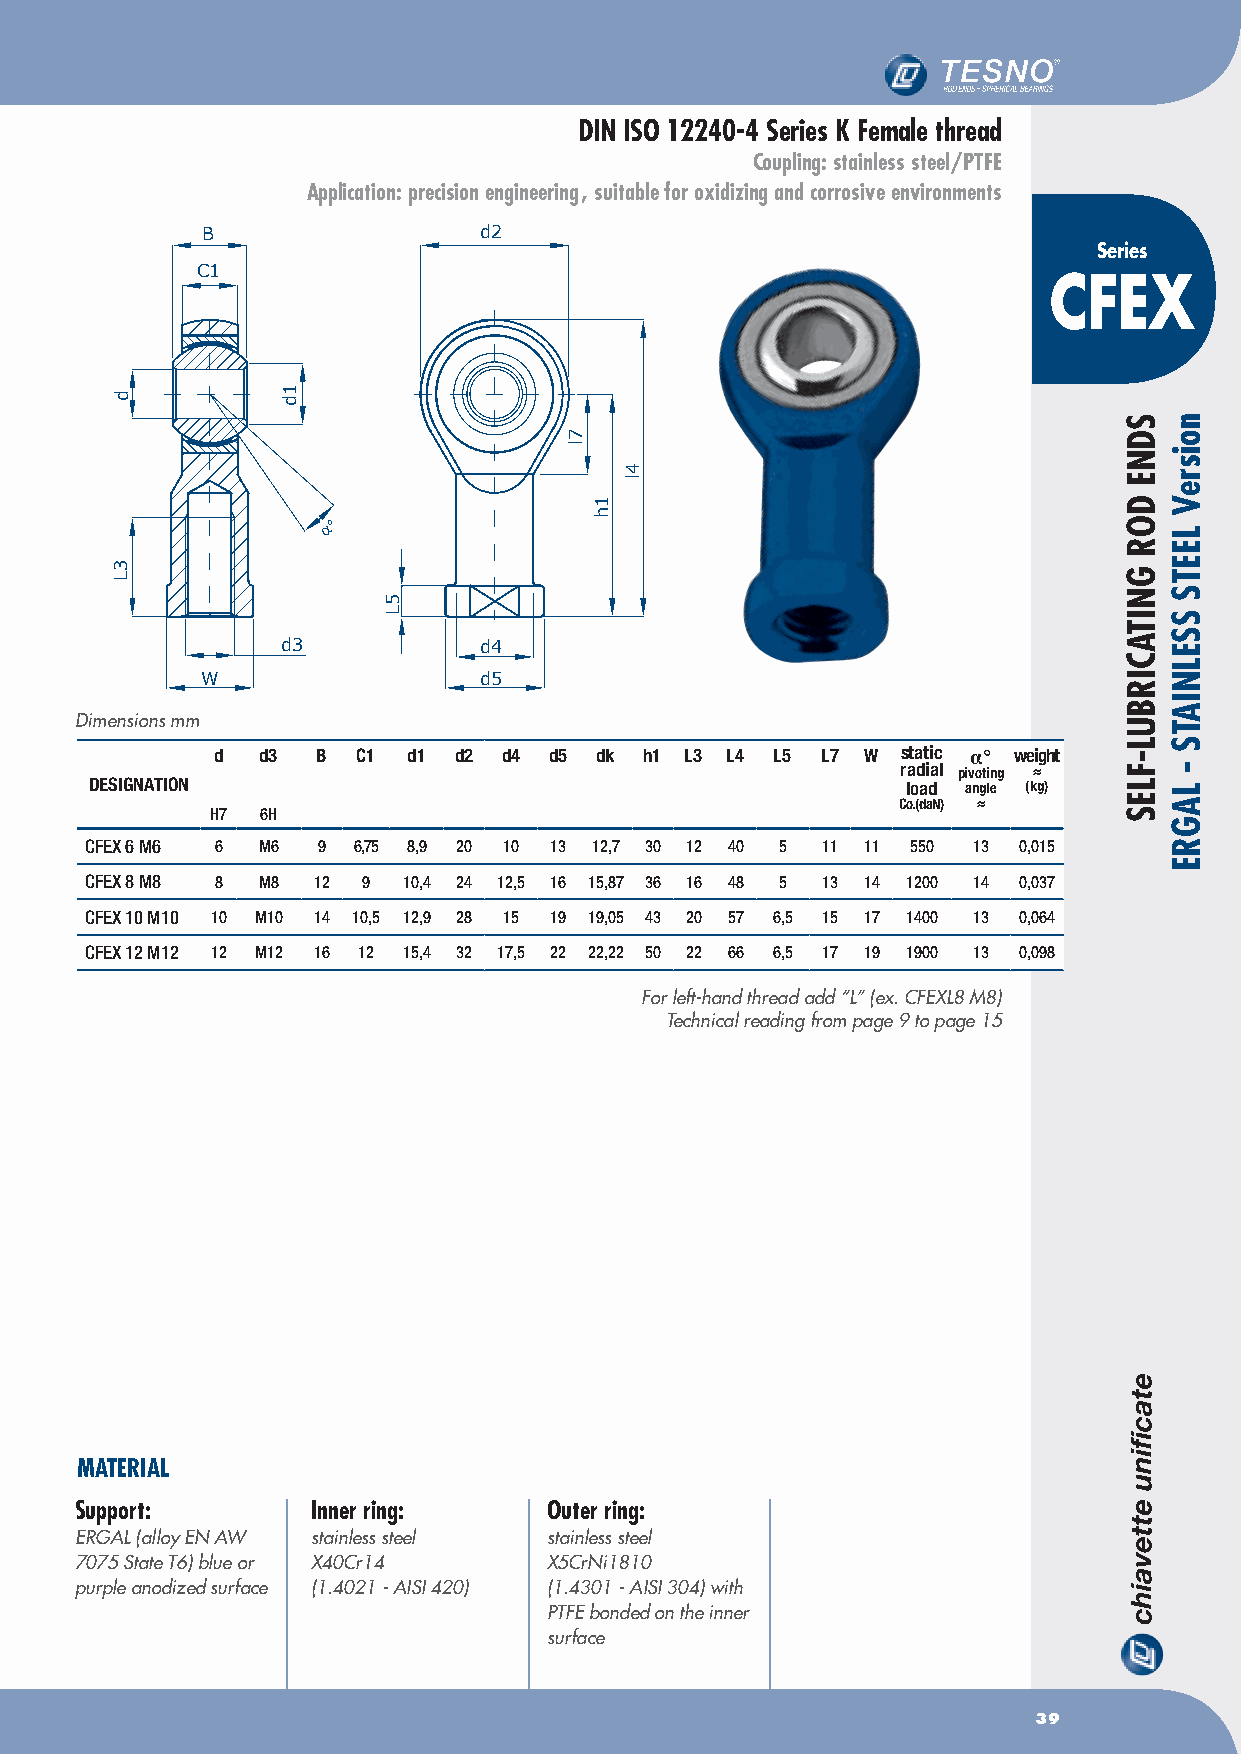
DIN ISO 12240-4 Series K Female thread
 Coupling: stainless steel/PTFE
 Application: precision engineering , suitable for oxidizing and corrosive environments
 B                  d2
 Series
 C1
 CFEX
 α°
 d3           d4
 W                  d5
 Dimensions mm
 d  d3  B  C1 d1 d2 d4 d5 dk  h1 L3 L4 L5 L7 W static α° weight
 radial pivoting ≈
 DESIGNATION                                           load angle (kg)
 Co.(daN) ≈
 H7 6H
 CFeX 6 M6 6 M6 9 6,75 8,9 20 10 13 12,7 30 12 40 5 11 11 550 13 0,015
 CFeX 8 M8 8 M8 12 9  10,4 24 12,5 16 15,87 36 16 48 5 13 14 1200 14 0,037
 CFeX 10 M10 10 M10 14 10,5 12,9 28 15 19 19,05 43 20 57 6,5 15 17 1400 13 0,064
 CFeX 12 M12 12 M12 16 12 15,4 32 17,5 22 22,22 50 22 66 6,5 17 19 1900 13 0,098
 For left-hand thread add “L” (ex. CFEXL8 M8)
 Technical reading from page 9 to page 15
 MATERIAL
 Support:        Inner ring:    Outer ring:
 ERGAL (alloy EN AW stainless steel stainless steel
 7075 State T6) blue or X40Cr14 X5CrNi1810
 purple anodized surface (1.4021 - AISI 420) (1.4301 - AISI 304) with
 PTFE bonded on the inner
 surface
 39
 d
 3L
 1d
 5L
 7l
 1h
 4l
 SDNE
 DOR
 GNITACIRBUL-FLES
 noisreV
 LEETS
 SSELNIATS
 -
 LAGRE